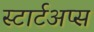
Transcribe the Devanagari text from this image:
स्टार्टअप्स